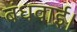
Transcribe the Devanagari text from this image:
बंधवाई।